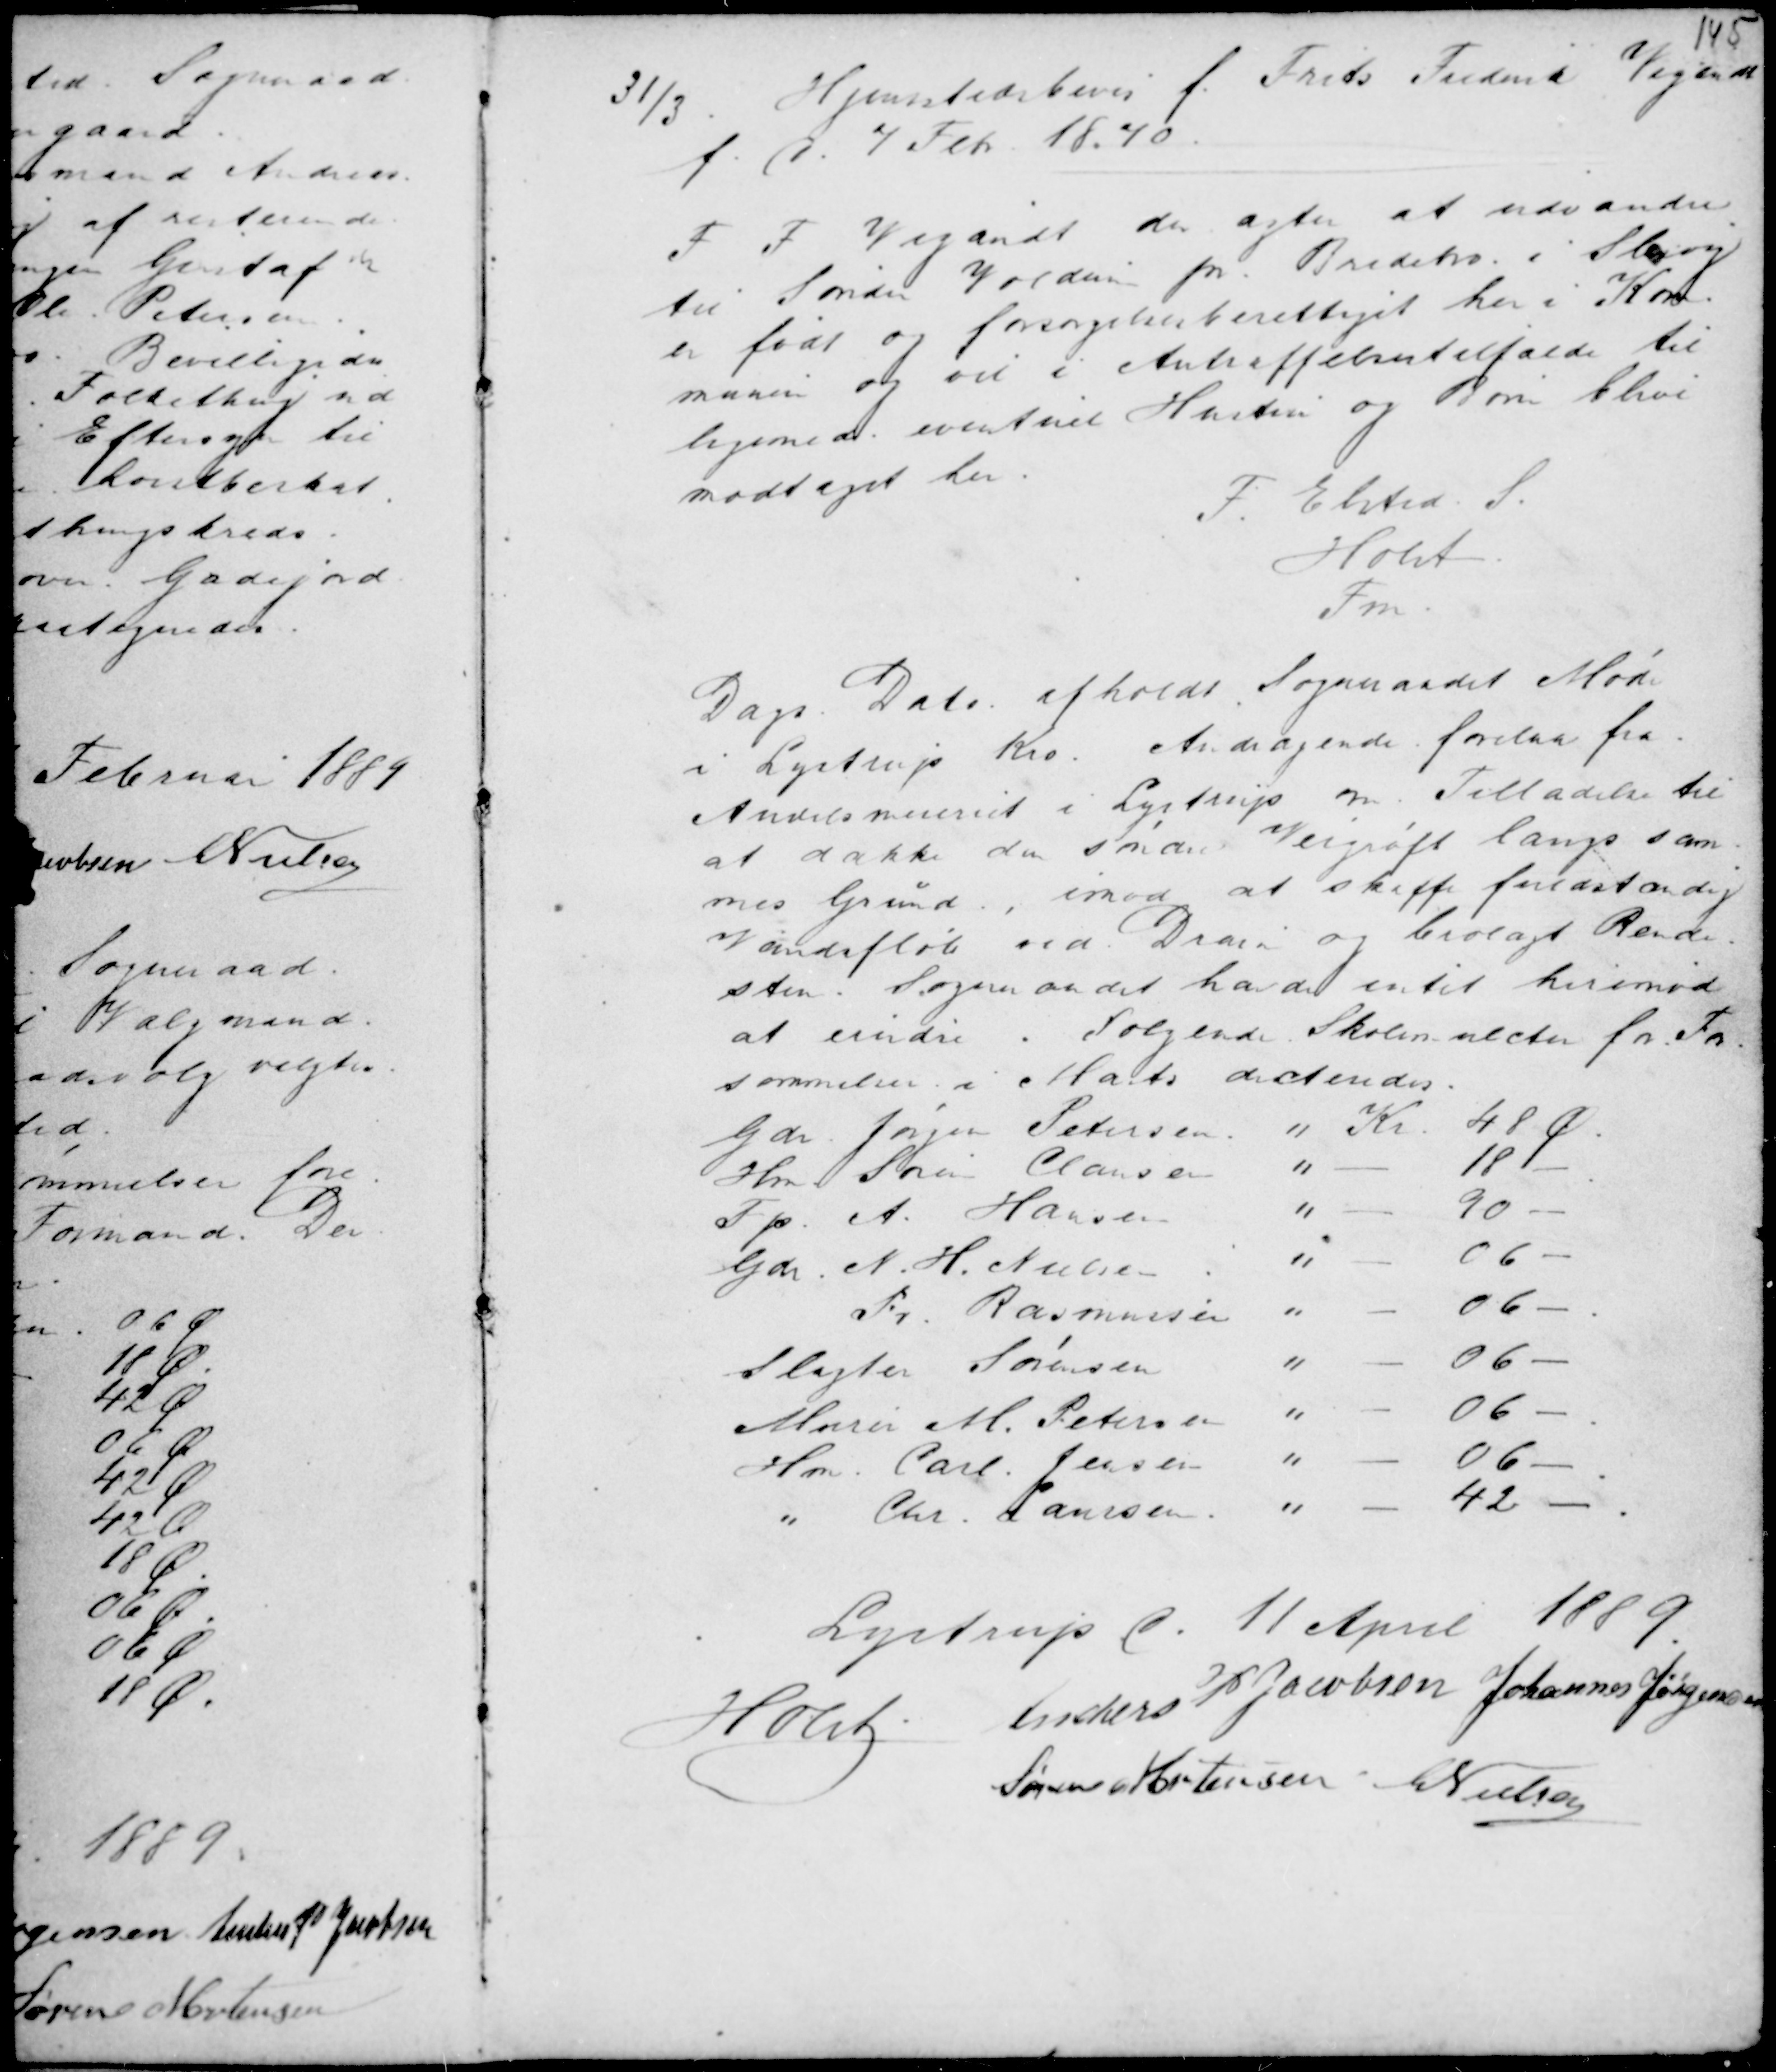
Transskription:
31/3.
Hjemstedsbevis f. Frits Frederik Vegandt
f. d. 7 Feb. 1870.
F F Vegandt der agter at udvandre
til Sønder Voldum pr. Bredeho i Slesvig
er født og forsørgelsesberettiget her i Kom-
munen og vil i Antræffelsestilfælde til
tilligemed eventuelt Hustru og Børn blive
modtaget her.

F. Elsted S.
Holst.
Fm.

Dags Dato afholdt Sogneraadet Møde
i Lystrup Kro. Andragende forelaa fra
Andelsmeieriet i Lystrup om Tilladelse til
at dække den søndre Veigrøft langs sam-
mes Grund, imod at skaffe fuldstændig
Vandafløb ved Drain og brolagt Rende-
sten. Sogneraadet havde intet herimod
at erindre. Følgende Skolemulcter for For-
sømmelser i Marts dicteredes.

Lystrup d. 11 April 1889.
Holst . Anders P Jacobsen Johannes Jørgensen
Søren Mortensen C Nielsen